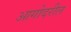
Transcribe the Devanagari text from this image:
आगोदरील